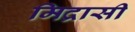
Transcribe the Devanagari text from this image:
मिद्रासी